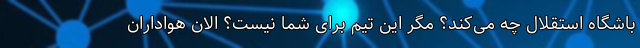
باشگاه استقلال چه می‌کند؟ مگر این تیم برای شما نیست؟ الان هواداران